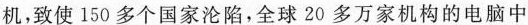
机，致使150多个国家沦陷，全球20多万家机构的电脑中